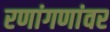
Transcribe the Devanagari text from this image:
रणांगणांवर